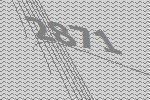
2871